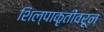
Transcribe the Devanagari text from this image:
शिल्पाकृतींवरून